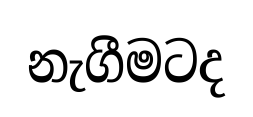
නැගීමටද